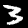
Digit: 3